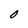
Character: O